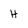
Character: H